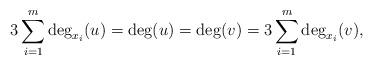
LaTeX: \begin{align*} 3\sum_{i=1}^m \deg_{x_i}(u) =\deg(u)=\deg(v)=3\sum_{i=1}^m \deg_{x_i}(v), \end{align*}